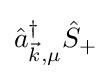
{\hat {a}}_{{\vec {k}},\mu }^{\dagger }{\hat {S}}_{+}